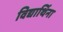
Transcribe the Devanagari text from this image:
विद्यार्थिना